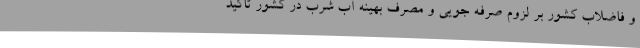
و فاضلاب کشور بر لزوم صرفه جویی و مصرف بهینه آب شرب در کشور تاکید